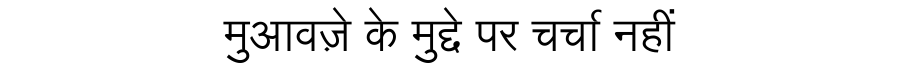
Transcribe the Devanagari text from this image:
मुआवज़े के मुद्दे पर चर्चा नहीं